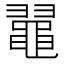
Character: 𪓥